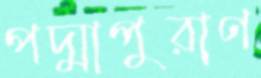
পদ্মাপুরাণ